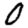
Digit: 0